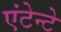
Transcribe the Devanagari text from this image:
एंटेन्टे